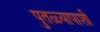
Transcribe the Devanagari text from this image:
पुतळ्यापाशी